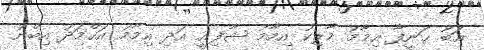
އަބޫ ޙަނީފާ އިމާމު މާލިކު އިމާމު ޝާފިޢީ އަދި އިމާމު އަޙްމަދު އިބްނު